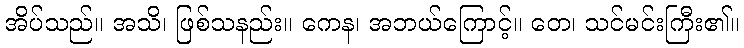
အိပ်သည်။ အသိ၊ ဖြစ်သနည်း။ ကေန၊ အဘယ်ကြောင့်။ တေ၊ သင်မင်းကြီး၏။